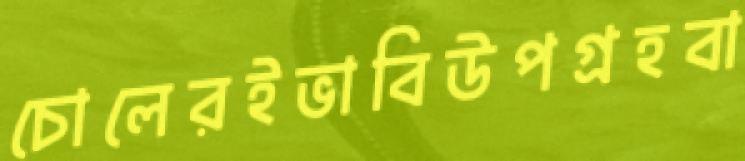
চোলেরইভাবিউপগ্রহবা